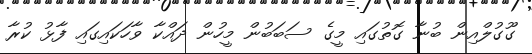
ގޫގުލްއިން ބުނާ ގޮތުގައި މީގެ ސަބަބުން މީހުން ދައްކާ ވާހަކައިގައި ފާޅު ކުރާ